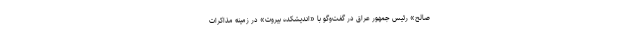
صالح» رئیس جمهور عراق در گفت‌و‌گو با «اندیشکده بیروت» در زمینه مذاکرات